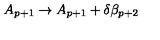
A _ { p + 1 } \rightarrow A _ { p + 1 } + \delta \beta _ { p + 2 }